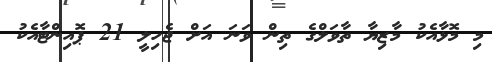
މި މޮޅާއެކު މާޒިޔާ ތާވަލްގެ ތިން ވަނަ އަށް ޖެހިލީ 21 ޕޮއިންޓާއެކު